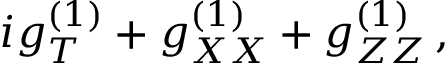
i g _ { T } ^ { ( 1 ) } + g _ { X X } ^ { ( 1 ) } + g _ { Z Z } ^ { ( 1 ) } \, ,